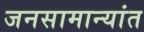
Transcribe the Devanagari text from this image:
जनसामान्यांत